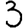
Digit: 3